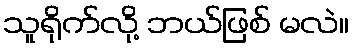
သူရိုက်လို့ ဘယ်ဖြစ် မလဲ။